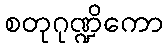
စတုဂုဏ္ဍိကော